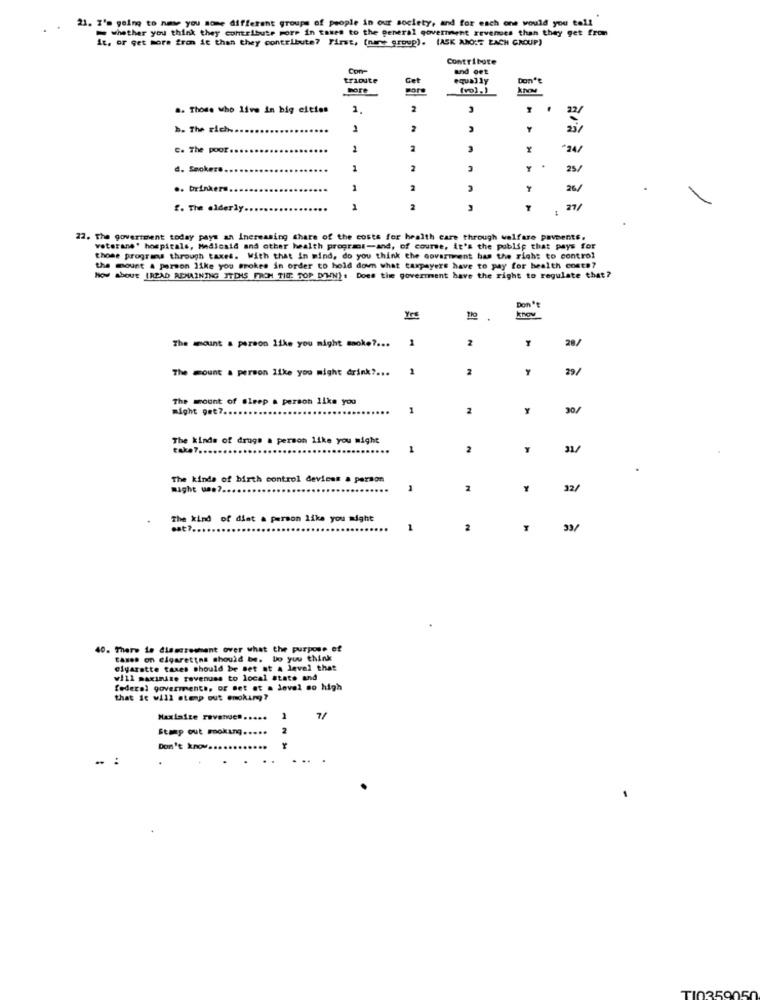
21. I'm going to nase you some different groups of people in our society, and for each one would you tell
. .
- whether you think they contribute pore in taxes to the general government revenues than they get from
it, or get more from it than they contribute? First, (nare group). (ASK ANO:" EACH GROUP)
Contribute
Con-
and oet
trioute
Cet
equally
Don't
more
(vol.)
.. Those who live in big cities
1
2
22/
b. The rich -..
1
2
C. The poor ...
1
3
d. Seokeze ..
1
2
25/
.. brinker ....
1
3
26/
f. The elderly.
...
1
2
22. The government today pays an increasing share of the costs for health care through welfare pavments.
veterans' hospitals, Medlesid and other health programs-and, of course, it's the public that pays for
those progress through taxes. With that in mind, do you think the Government has the right to control
the mount & person like you smokes in order to hold down what taxpayers have to pay for health costs?
How about [READ REMAINING JTDHAS FROM THE TOP DOWN) : Does the government have the right to regulate that?
Don't
know
Yrs
1
2
28/
The amount a person like you might snoke ?...
The mount a person like you might drink ?...
1
2
Y
29/
The mount of sleep a person like you
might get ?..
1
2
Y
30/
The kinds of drugs a person like you might
take7 ...
1
2
The kinds of birth control devices a person
might use ?..
32/
The kind of diet a person like you might
40. There is dlascrewment over what the purpose of
taxes on cigarettes should be. Do you think
Cigarette taxes should be set at a level that
will maximize revenuss to local state and
federal goverments, or set at a lovel so high
that it will stenp out enoking?
Maxiaize revenue ......
7/
Stamp out moking .....
2
Don't know ....
...
10359050